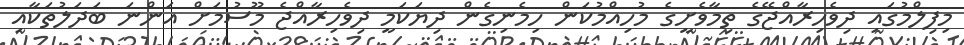
މިފިލްމުގައި ދިވެހިރާއްޖޭގެ ތިމާވެށީގެ މުހިއްމުކަން ހިމެނިގެން ދިޔަކަމީ ދިވެހިރާއްޖެ މޫސުމަށް އަންނަ ބަދަލުތަކާއި